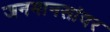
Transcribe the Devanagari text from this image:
जनमानसांवर